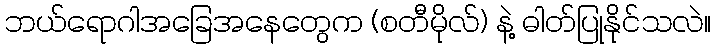
ဘယ်ရောဂါအခြေအနေတွေက (စတီမိုလ်) နဲ့ ဓါတ်ပြုနိုင်သလဲ။